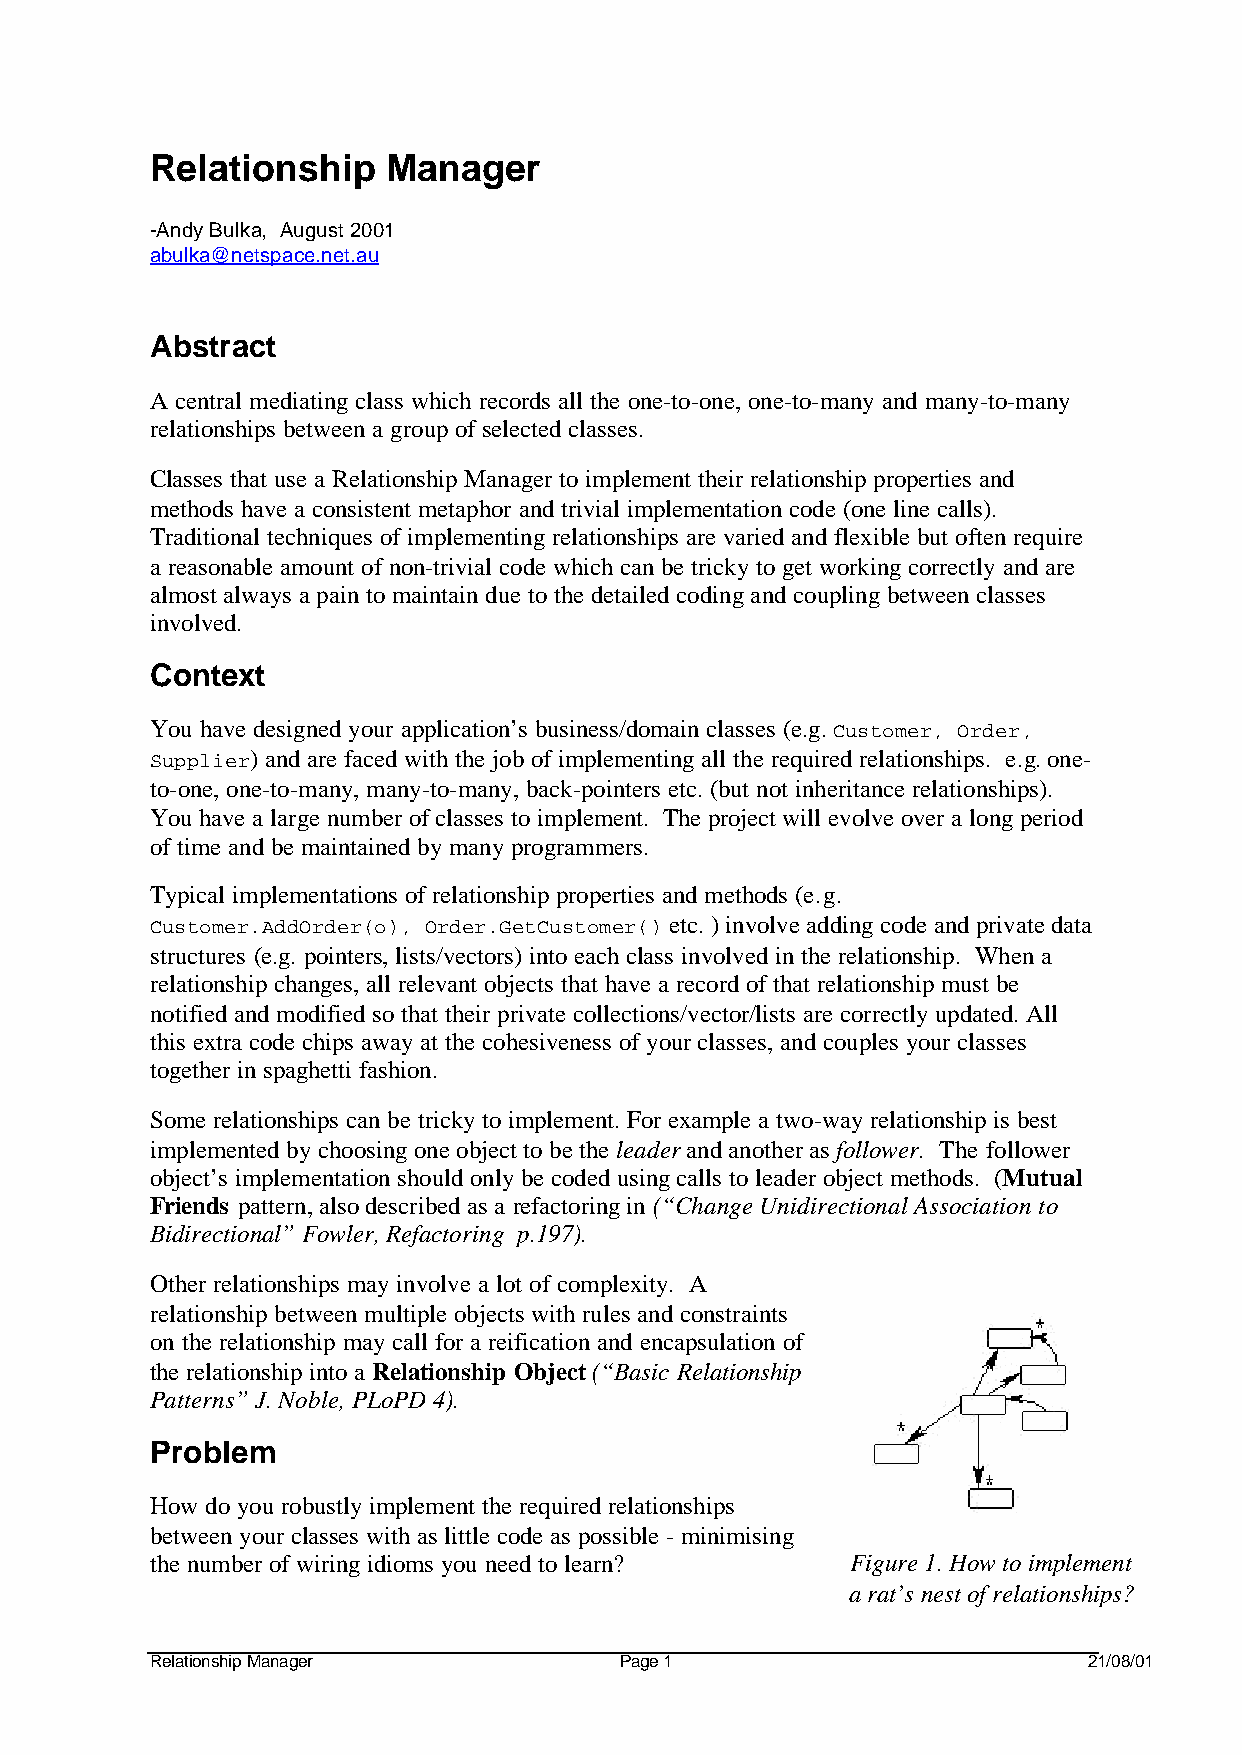
Relationship    Manager
 -Andy Bulka, August 2001
 abulka@netspace.net.au
 Abstract
 A central mediating class which records all the one-to-one, one-to-many and many-to-many
 relationships between a group of selected classes.
 Classes that use a Relationship Manager to implement their relationship properties and
 methods have a consistent metaphor and trivial implementation code (one line calls).
 Traditional techniques of implementing relationships are varied and flexible but often require
 a reasonable amount of non-trivial code which can be tricky to get working correctly and are
 almost always a pain to maintain due to the detailed coding and coupling between classes
 involved.
 Context
 You have designed your application’s business/domain classes (e.g. Customer, Order,
 Supplier) and are faced with the job of implementing all the required relationships. e.g. one-
 to-one, one-to-many, many-to-many, back-pointers etc. (but not inheritance relationships).
 You have a large number of classes to implement. The project will evolve over a long period
 of time and be maintained by many programmers.
 Typical implementations of relationship properties and methods (e.g.
 Customer.AddOrder(o), Order.GetCustomer() etc. ) involve adding code and private data
 structures (e.g. pointers, lists/vectors) into each class involved in the relationship. When a
 relationship changes, all relevant objects that have a record of that relationship must be
 notified and modified so that their private collections/vector/lists are correctly updated. All
 this extra code chips away at the cohesiveness of your classes, and couples your classes
 together in spaghetti fashion.
 Some relationships can be tricky to implement. For example a two-way relationship is best
 implemented by choosing one object to be the leader and another as follower. The follower
 object’s implementation should only be coded using calls to leader object methods. (Mutual
 Friends pattern, also described as a refactoring in (“Change Unidirectional Association to
 Bidirectional” Fowler, Refactoring p.197).
 Other relationships may involve a lot of complexity. A
 relationship between multiple objects with rules and constraints
 on the relationship may call for a reification and encapsulation of
 the relationship into a Relationship Object (“Basic Relationship
 Patterns” J. Noble, PLoPD 4).
 Problem
 How do you robustly implement the required relationships
 between your classes with as little code as possible - minimising
 the number of wiring idioms you need to learn? Figure 1. How to implement
 a rat’s nest of relationships?
 Relationship Manager           Page 1                         21/08/01